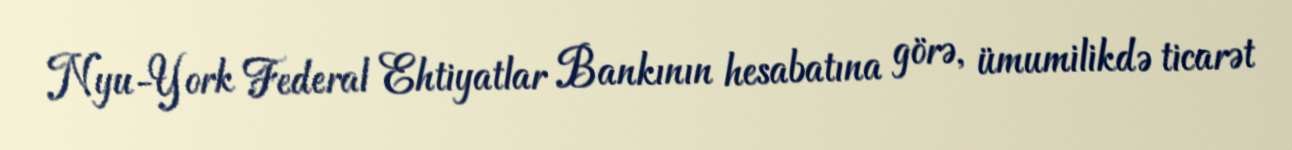
Nyu-York Federal Ehtiyatlar Bankının hesabatına görə, ümumilikdə ticarət